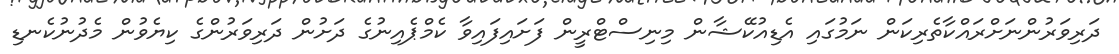
ދަރިވަރުންނަށްރައްކާތެރިކަން ނަމުގައި އެޑިއުކޭޝާން މިނިސްޓްރީން ފަށައިފައިވާ ކެމްޕެއިނުގެ ދަށުން ދަރިވަރުންގެ ކިޔެވުން މެދުނުކެނޑި